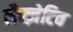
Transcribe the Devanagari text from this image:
लैक्ज़ेटिव